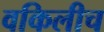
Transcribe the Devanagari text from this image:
वकिलीच